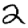
Digit: 2